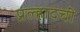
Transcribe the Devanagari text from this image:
प्रल्हादची